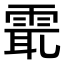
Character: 𩂻